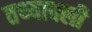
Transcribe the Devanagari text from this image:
तथ्यावली